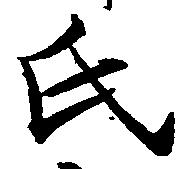
氏